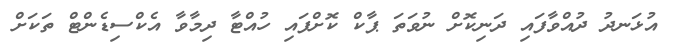
އުޅަނދު ދުއްވާފައި ދަނިކޮށް ނުވަތަ ޕާކް ކޮށްފައި ހުއްޓާ ދިމާވާ އެކްސިޑެންޓް ތަކަށް